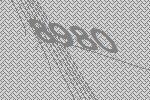
8980